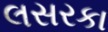
લસરકા